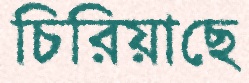
চিরিয়াছে